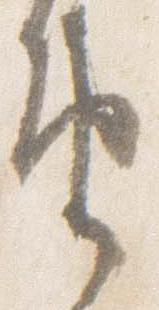
由